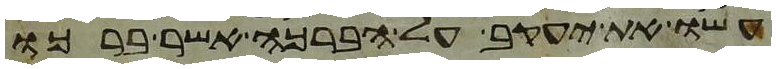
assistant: עשו את יעקב על הברכה אשר ברכו